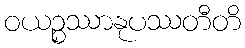
ဝယဉ္စဿာနုပဿတီတိ